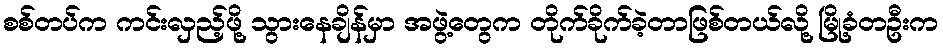
စစ်တပ်က ကင်းလှည့်ဖို့ သွားနေချိန်မှာ အဖွဲ့တွေက တိုက်ခိုက်ခဲ့တာဖြစ်တယ်လို့ မြို့ခံတဦးက